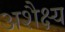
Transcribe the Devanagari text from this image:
अशैक्ष्य